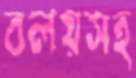
বলয়সহ